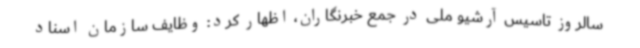
سالروز تاسیس آرشیو ملی در جمع خبرنگاران، اظهار کرد: وظایف سازمان اسناد